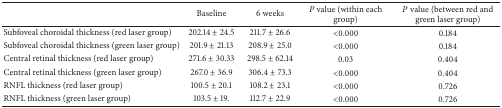
<table><thead><tr><td><b> </b></td><td><b>Baseline</b></td><td><b>6 weeks</b></td><td><b><i>P</i> value (within each group)</b></td><td><b><i>P</i> value (between red and green laser group)</b></td></tr></thead><tbody><tr><td>Subfoveal choroidal thickness (red laser group)</td><td>202.14 ± 24.5</td><td>211.7 ± 26.6</td><td>&lt;0.000</td><td>0.184</td></tr><tr><td>Subfoveal choroidal thickness (green laser group)</td><td>201.9 ± 21.13</td><td>208.9 ± 25.0</td><td>&lt;0.000</td><td>0.184</td></tr><tr><td>Central retinal thickness (red laser group)</td><td>271.6 ± 30.33</td><td>298.5 ± 62.14</td><td>0.03</td><td>0.404</td></tr><tr><td>Central retinal thickness (green laser group)</td><td>267.0 ± 36.9</td><td>306.4 ± 73.3</td><td>&lt;0.000</td><td>0.404</td></tr><tr><td>RNFL thickness (red laser group)</td><td>100.5 ± 20.1</td><td>108.2 ± 23.1</td><td>&lt;0.000</td><td>0.726</td></tr><tr><td>RNFL thickness (green laser group)</td><td>103.5 ± 19.</td><td>112.7 ± 22.9</td><td>&lt;0.000</td><td>0.726</td></tr></tbody></table>